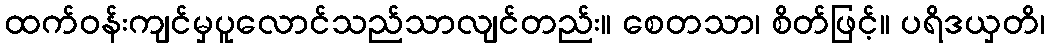
ထက်ဝန်းကျင်မှပူလောင်သည်သာလျင်တည်း။ စေတသာ၊ စိတ်ဖြင့်။ ပရိဒယှတိ၊